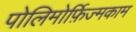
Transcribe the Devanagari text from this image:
पोलिमोर्फ़िज्मकाम